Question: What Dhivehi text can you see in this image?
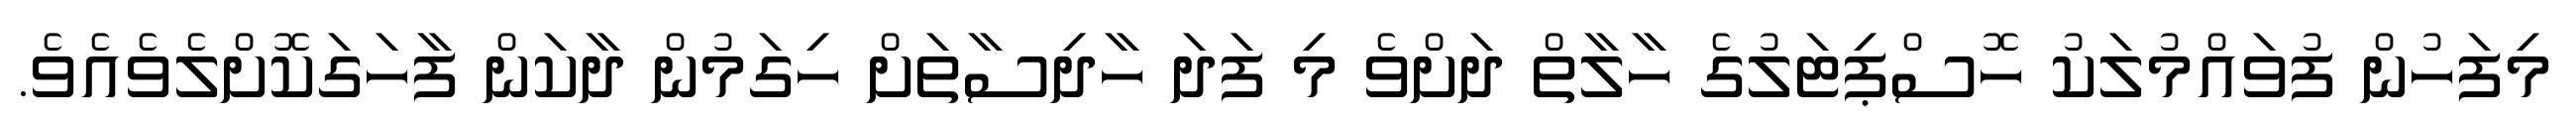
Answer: މިފަހުން ފުވައްމުލަކު ހޮސްޕިޓަލުގެ ހާލާތް ދަށްވެ މި ފަދަ ހާދިސާތަށް ހިގަމުން ދާކަން ފާހަގަކޮށްލެވެއެވެ.